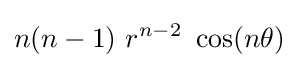
n(n-1)~r^{n-2}~\cos(n\theta )